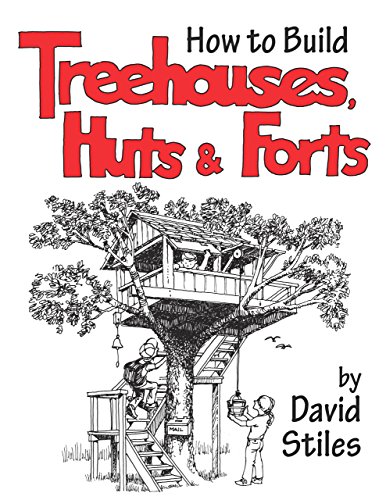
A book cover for How to Build Treehouses, Huts and Forts; David Stiles; Crafts, Hobbies & Home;